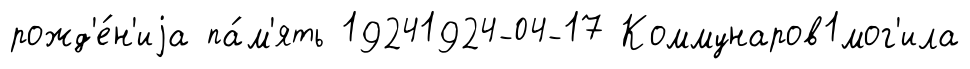
рожд'е́н'иjа па́м'ять 19241924-04-17 Коммунаров1мог'ила